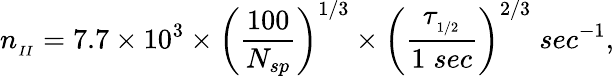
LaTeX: n_{_{II}}=7.7\times 10^{3}\times\left(\frac{100}{N_{sp}}\right)^{1/3}\times\left(\frac{\tau_{_{1/2}}}{1\; sec}\right)^{2/3}\; sec^{-1},